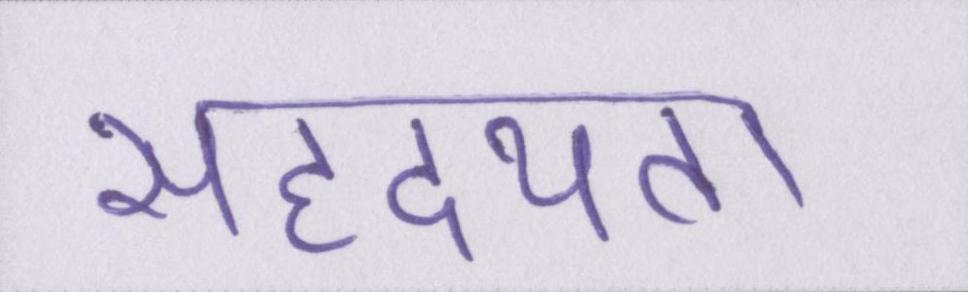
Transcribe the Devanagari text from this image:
सहृदयता